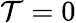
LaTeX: \mathcal{T}=0